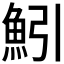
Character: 𫙒